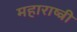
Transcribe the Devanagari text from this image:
महाराष्त्री